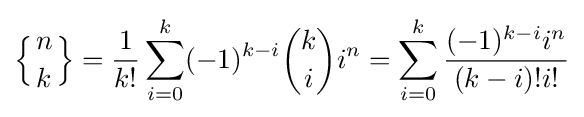
\left\{{n \atop k}\right\}={\frac {1}{k!}}\sum _{i=0}^{k}(-1)^{k-i}{\binom {k}{i}}i^{n}=\sum _{i=0}^{k}{\frac {(-1)^{k-i}i^{n}}{(k-i)!i!}}